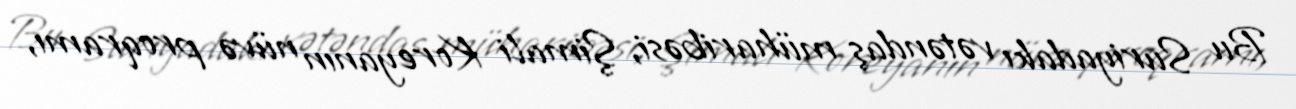
Bu Suriyadakı vətəndaş müharibəsi, Şimali Koreyanın nüvə proqramı,